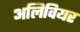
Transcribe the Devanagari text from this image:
अलिवियर